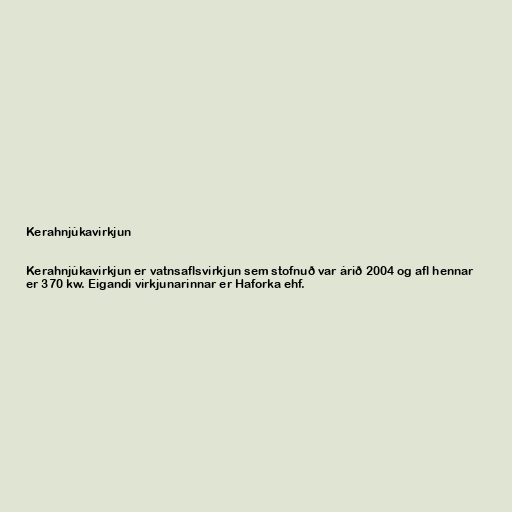
Kerahnjúkavirkjun

Kerahnjúkavirkjun er vatnsaflsvirkjun sem stofnuð var árið 2004 og afl hennar
er 370 kw. Eigandi virkjunarinnar er Haforka ehf.